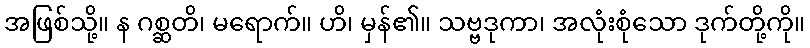
အဖြစ်သို့။ န ဂစ္ဆတိ၊ မရောက်။ ဟိ၊ မှန်၏။ သဗ္ဗဒုကာ၊ အလုံးစုံသော ဒုက်တို့ကို။